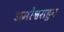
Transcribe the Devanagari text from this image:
अमरेश्वराहुन